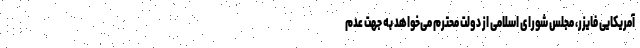
آمریکایی فایزر، مجلس شورای اسلامی از دولت محترم می‌خواهد به جهت عدم